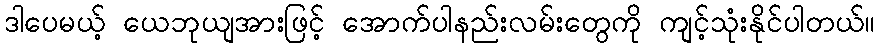
ဒါပေမယ့် ယေဘုယျအားဖြင့် အောက်ပါနည်းလမ်းတွေကို ကျင့်သုံးနိုင်ပါတယ်။